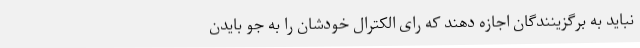
نباید به برگزینندگان اجازه دهند که رای الکترال خودشان را به جو بایدن